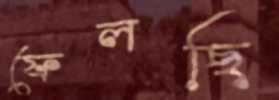
ফেলছি